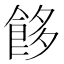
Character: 䬷